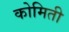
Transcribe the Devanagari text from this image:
कोमिती